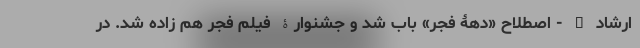
ارشاد – - اصطلاح «دهۀ فجر» باب شد و جشنوارۀ فیلم فجر هم زاده شد. در